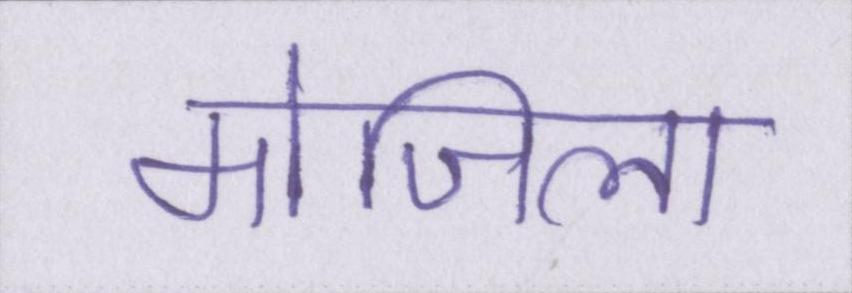
मोजिला